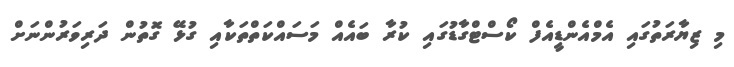
މި ޒިޔާރަތުގައި އެމްއެންޑީއެފް ކޯސްޓްގާޑުގައި ކުރާ ބައެއް މަސައްކަތްތަކާއި ގުޅޭ ގޮތުން ދަރިވަރުންނަށް